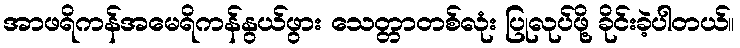
အာဖရိကန်အမေရိကန်နွယ်ဖွား သေတ္တာတစ်လုံး ပြုလုပ်ဖို့ ခိုင်းခဲ့ပါတယ်။